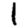
Digit: 1